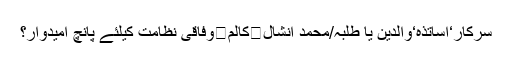
سرکار‘اساتذہ‘والدین یا طلبہ/محمد انشال	کالم	وفاقی نظامت کیلئے پانچ امیدوار؟